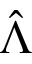
\hat { \Lambda }